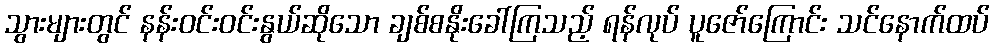
သွားများတွင် နန်းဝင်းဝင်းနွယ်ဆိုသော ချစ်စနိုးခေါ်ကြသည့် ရန်လုပ် ပူဇော်ကြောင်း သင်နောက်ထပ်